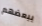
ببعضهم